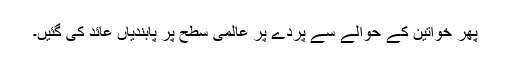
پھر خواتین کے حوالے سے پردے پر عالمی سطح پر پابندیاں عائد کی گئیں۔